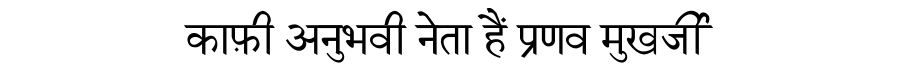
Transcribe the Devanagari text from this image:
काफ़ी अनुभवी नेता हैं प्रणव मुखर्जी